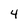
Character: 4